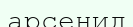
арсенид